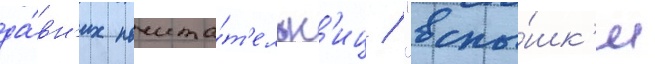
да́вн'их почита́т'ельн'иц / "вспы́шк'и